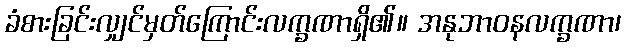
ခံစားခြင်းလျှင်မှတ်ကြောင်းလက္ခဏာရှိ၏။ အနုဘာဝနလက္ခဏာ၊